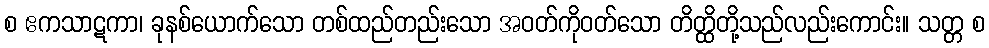
စ ဧကသာဋကာ၊ ခုနစ်ယောက်သော တစ်ထည်တည်းသော အဝတ်ကိုဝတ်သော တိတ္ထိတို့သည်လည်းကောင်း။ သတ္တ စ